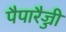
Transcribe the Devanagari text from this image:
पैपारैज्जी